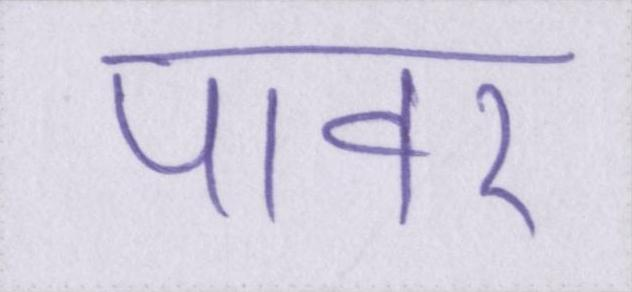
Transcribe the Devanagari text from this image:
पावर